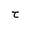
Letter: _ha